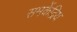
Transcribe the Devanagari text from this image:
समकेंद्रिय